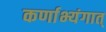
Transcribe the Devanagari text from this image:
कर्णाभ्यंगात्‌